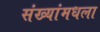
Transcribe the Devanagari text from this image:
संख्यांमधला